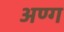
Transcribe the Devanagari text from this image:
अण्ग